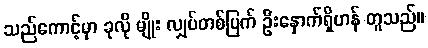
သည်ကောင့်မှာ ခုလို မျိုး လျှပ်တစ်ပြက် ဦးနှောက်ရှိဟန် တူသည်။